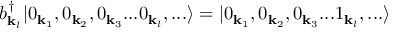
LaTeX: b _ { { \mathbf { k } } _ { l } } ^ { \dagger } | 0 _ { { \mathbf { k } } _ { 1 } } , 0 _ { { \mathbf { k } } _ { 2 } } , 0 _ { { \mathbf { k } } _ { 3 } } . . . 0 _ { { \mathbf { k } } _ { l } } , . . . \rangle = | 0 _ { { \mathbf { k } } _ { 1 } } , 0 _ { { \mathbf { k } } _ { 2 } } , 0 _ { { \mathbf { k } } _ { 3 } } . . . 1 _ { { \mathbf { k } } _ { l } } , . . . \rangle